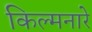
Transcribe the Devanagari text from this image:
किल्मनारे